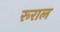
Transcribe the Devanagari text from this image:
रूराल